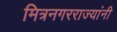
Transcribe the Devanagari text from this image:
मित्रनगरराज्यांनी